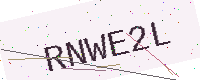
Text: RNWE2L